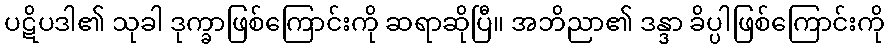
ပဋိပဒါ၏ သုခါ ဒုက္ခာဖြစ်ကြောင်းကို ဆရာဆိုပြီ။ အဘိညာ၏ ဒန္ဒာ ခိပ္ပါဖြစ်ကြောင်းကို